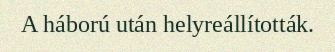
A háború után helyreállították.